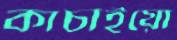
কাচাইয়ো